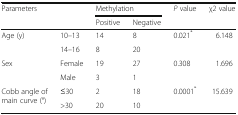
| <ROWSPAN=2-COLSPAN=2> Parameters | <COLSPAN=2> Methylation | <ROWSPAN=2> P value | <ROWSPAN=2> χ2 value |
 | Positive | Negative |
 | --- | --- | --- | --- | --- | --- |
 | <ROWSPAN=2> Age (y) | 10–13 | 14 | 8 | <ROWSPAN=2> 0.021* | <ROWSPAN=2> 6.148 |
 | 14–16 | 8 | 20 |
 | <ROWSPAN=2> Sex | Female | 19 | 27 | <ROWSPAN=2> 0.308 | <ROWSPAN=2> 1.696 |
 | Male | 3 | 1 |
 | <ROWSPAN=2> Cobb angle of main curve (°) | ≤30 | 2 | 18 | <ROWSPAN=2> 0.0001* | <ROWSPAN=2> 15.639 |
 | >30 | 20 | 10 |